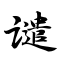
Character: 谴